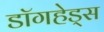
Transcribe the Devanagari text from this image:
डॉगहेड्स